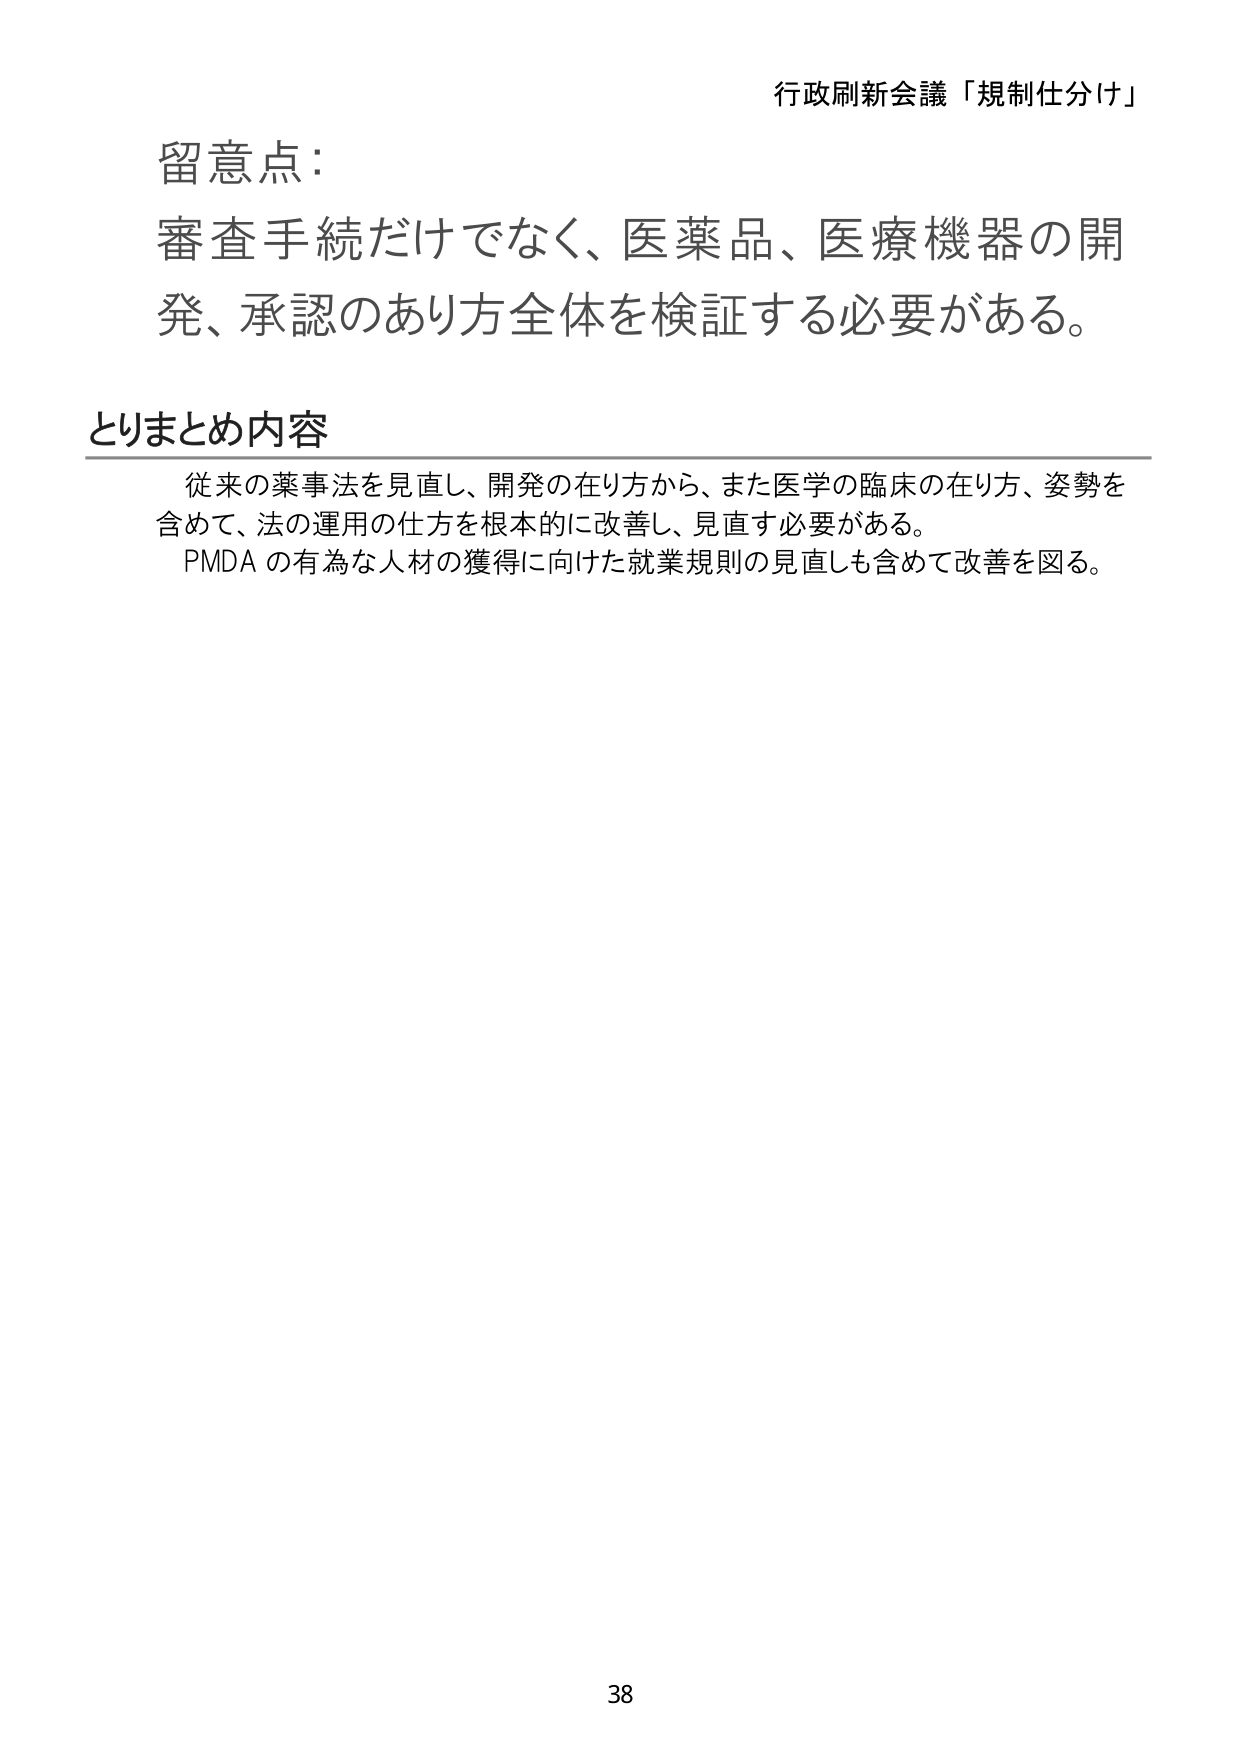
行政刷新会議「規制仕分け」

留意点：
審査手続だけでなく、医薬品、医療機器の開発、承認のあり方全体を検証する必要がある。

とりまとめ内容
従来の薬事法を見直し、開発の在り方から、また医学の臨床の在り方、姿勢を含めて、法の運用の仕方を根本的に改善し、見直す必要がある。
PMDA の有為な人材の獲得に向けた就業規則の見直しも含めて改善を図る。

38